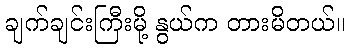
ချက်ချင်းကြီးမို့ နွယ်က တားမိတယ်။